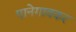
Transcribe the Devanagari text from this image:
पानेगावकर